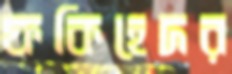
ফকিহেদর